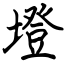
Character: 墱